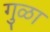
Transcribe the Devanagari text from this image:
गुळा